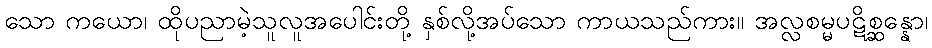
သော ကယော၊ ထိုပညာမဲ့သူလူအပေါင်းတို့ နှစ်လို့အပ်သော ကာယသည်ကား။ အလ္လစမ္မပဋိစ္ဆန္နော၊